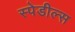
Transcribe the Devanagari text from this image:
स्पेडील्स